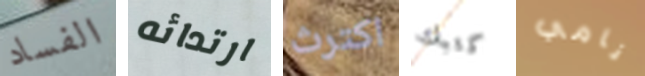
الفساد ارتدائه اكترث كتبك نامي